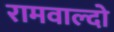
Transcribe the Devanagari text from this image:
रामवाल्दो